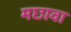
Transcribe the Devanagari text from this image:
मछावा